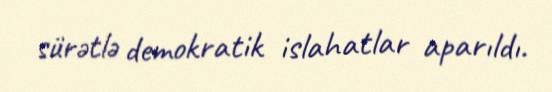
sürətlə demokratik islahatlar aparıldı.